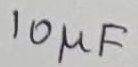
Text: 10µF